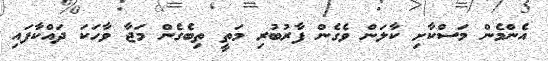
އެންމެން މަސްކާށި ކާލަން ވެގެން ފާރުބުރި މަތީ ތިބެގެން މަޖާ ވާހަކަ ދައްކާފައި